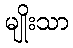
မျိုးသာ